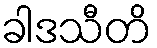
ခါဒသီတိ